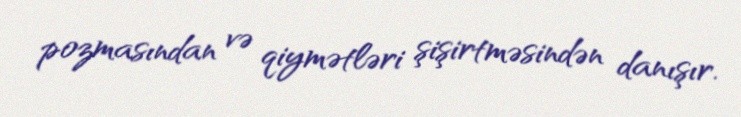
pozmasından və qiymətləri şişirtməsindən danışır.